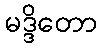
မဒ္ဒိတော